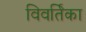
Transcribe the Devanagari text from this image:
विवर्तिका